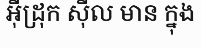
អ៊ីដ្រុក ស៊ីល មាន ក្នុង